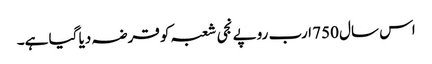
اس سال 750 ارب روپے نجی شعبہ کو قرضہ دیا گیا ہے۔